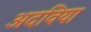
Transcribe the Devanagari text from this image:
अदविया